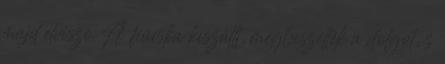
majd elviszi. A fiúcska kiszállt, megbeszélték a dolgot, s